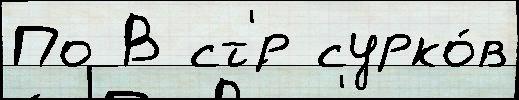
По В ст'́р сурко́в